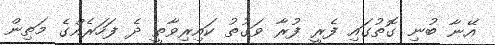
އޭނާ ބުނި ގޮތުގައި ފެރީ ފުރާ ވަގުތު ކައިރިވާތީ ދެ ފަހަރެއްގެ މަތިން